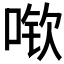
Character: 𫪽